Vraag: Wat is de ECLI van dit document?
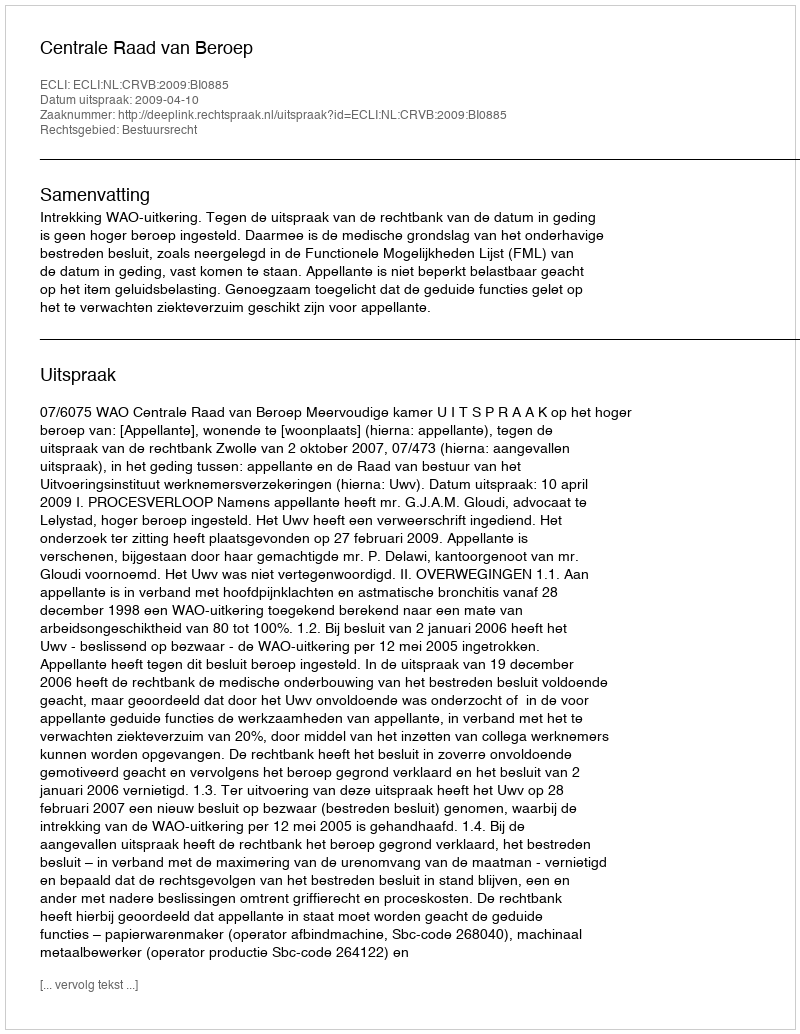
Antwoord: ECLI:NL:CRVB:2009:BI0885